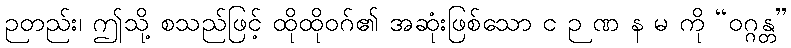
ဉတည်း၊ ဤသို့ စသည်ဖြင့် ထိုထိုဝဂ်၏ အဆုံးဖြစ်သော င ဉ ဏ န မ ကို “ဝဂ္ဂန္တ”